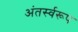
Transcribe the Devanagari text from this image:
अंतर्स्वरूप